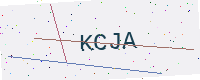
Text: KCJA